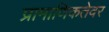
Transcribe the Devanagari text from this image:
प्रामाणिकतेवर